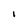
Character: I